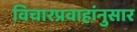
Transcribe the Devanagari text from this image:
विचारप्रवाहांनुसार